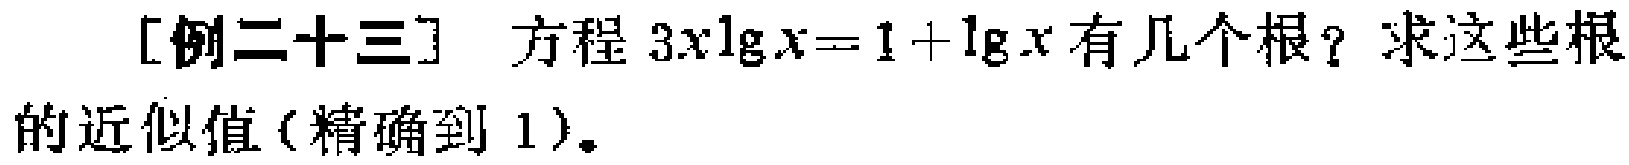
[例二十三] 方程 \(3x\lg x = 1+\lg x\) 有几个根？求这些根的近似值（精确到 1）。